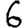
Digit: 6